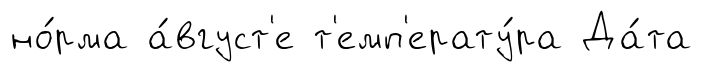
но́рма а́вгуст'е т'емп'ерату́ра Да́та